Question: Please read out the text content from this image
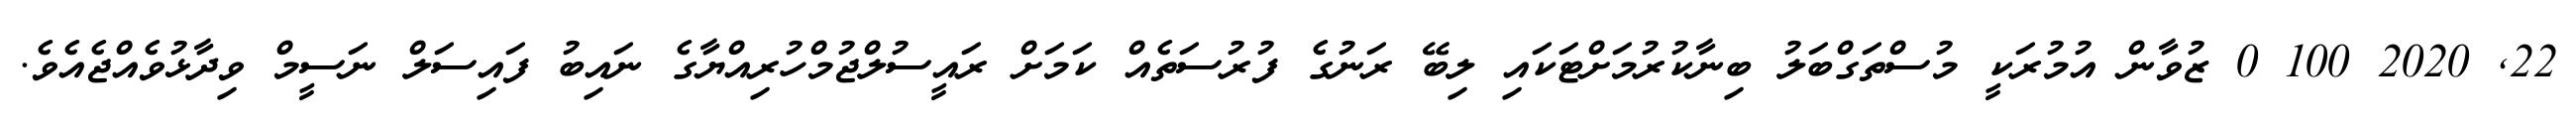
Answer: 22, 2020 100 0 ޒުވާން އުމުރަކީ މުސްތަގްބަލު ބިނާކުރުމަށްޓަކައި ލިބޭ ރަނުގެ ފުރުސަތެއް ކަމަށް ރައީސުލްޖުމްހުރިއްޔާގެ ނައިބު ފައިސަލް ނަސީމް ވިދާޅުވެއްޖެއެވެ.